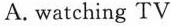
A. watching TV